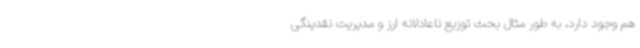
هم وجود دارد، به طور مثال بحث توزیع ناعادلانه ارز و مدیریت نقدینگی